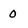
Character: o